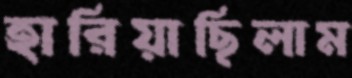
হারিয়াছিলাম